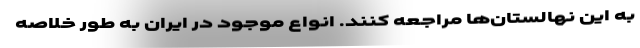
به این نهالستان‌ها مراجعه کنند. انواع موجود در ایران به طور خلاصه